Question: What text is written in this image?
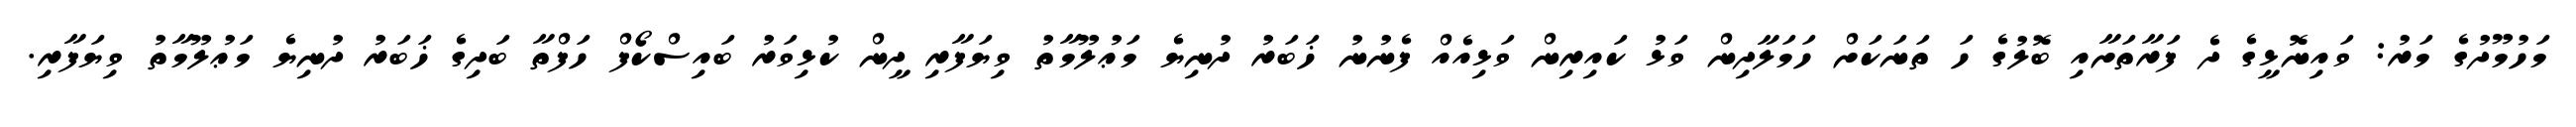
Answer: މަހުމޫދުގެ މަރު: ވައިނޮޅީގެ ދެ ފަރާތަށާއި ބޮލުގެ ހަ ތަނަކަށް ހަމަލާދިން ވަޅު ކައިރިން ވަޅިއެއް ފެނުނު ޚަބަރު ދުނިޔެ މަޢުލޫމާތު ވިޔަފާރި ދީން ކުޅިވަރު ބައިސްކޯފް ހަފްތާ ބަދިގެ ޚަބަރު ދުނިޔެ މަޢުލޫމާތު ވިޔަފާރި.